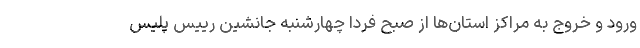
ورود و خروج به مراکز استان‌ها از صبح فردا چهارشنبه جانشین رییس پلیس